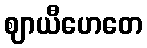
ဈာယီဟေတေ